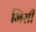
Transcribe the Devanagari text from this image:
भिसी